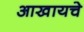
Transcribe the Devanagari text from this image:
आखायचे